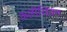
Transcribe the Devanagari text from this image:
कलीसियम